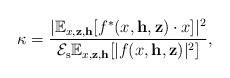
LaTeX: \begin{align*}\kappa=\frac{|\mathbb{E}_{x,\mathbf{z},\mathbf{h}}[f^*(x,\mathbf{h},\mathbf{z})\cdot x]|^2}{\mathcal{E}_\mathrm{s}\mathbb{E}_{x,\mathbf{z},\mathbf{h}}[|f(x,\mathbf{h},\mathbf{z})|^2]},\end{align*}